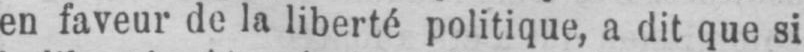
en faveur de la liberté politique, a dit que si